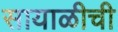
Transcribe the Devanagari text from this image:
सायाळीची